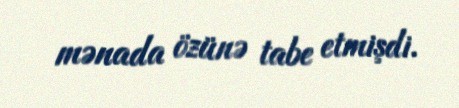
mənada özünə tabe etmişdi.